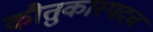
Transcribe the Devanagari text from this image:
कौतुकास्पदच